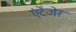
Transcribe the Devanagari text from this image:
एंटेंजेर